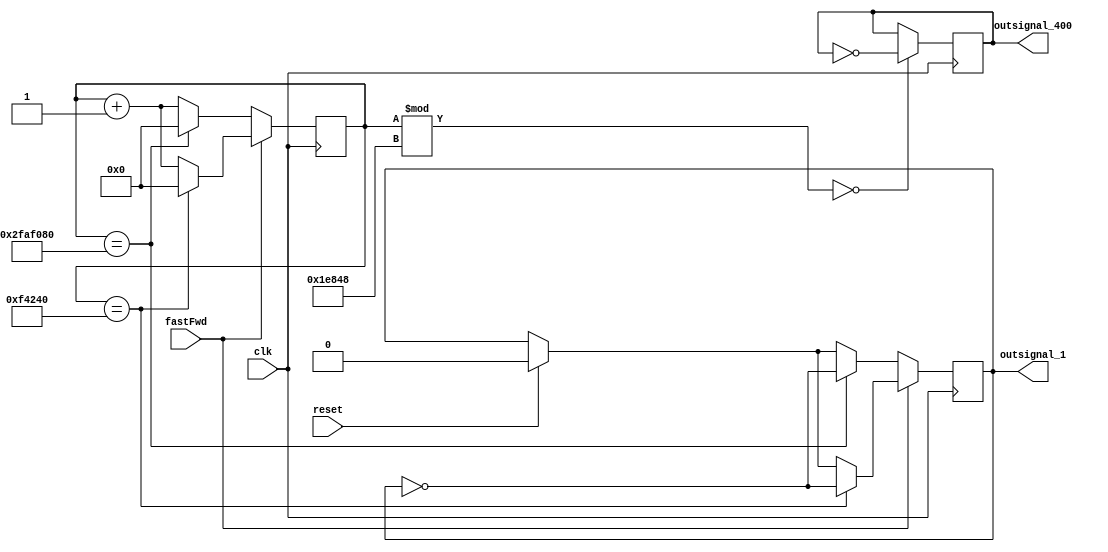
`timescale 1ns / 1ps

module clock_generator(
    input clk, 
    input reset,
    input fastFwd,
    output reg outsignal_1, 
    output reg outsignal_400
    );
    
    reg [25:0] counter;
    
    always@(posedge clk) begin
        if (reset) begin
           outsignal_1 <= 0;
        end
        counter <= counter + 1;
        if(fastFwd) begin
            if (counter == 1_000_000) begin
                outsignal_1 <= ~outsignal_1;
                counter <= 0;
            end
        end
        else begin
            if (counter == 50_000_000) begin
                outsignal_1 <= ~outsignal_1;
                counter <= 0;
            end
        end
        if (counter % 125_000 == 0)
            outsignal_400 <= ~outsignal_400;
    end
    
endmodule